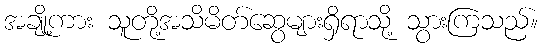
အချို့ကား သူတို့အသိမိတ်ဆွေများရှိရာသို့ သွားကြသည်။